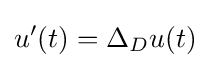
u'(t)=\Delta _{D}u(t)